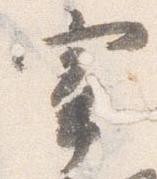
宰